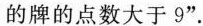
的牌的点数大于9”.